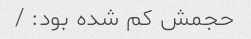
حجمش کم شده بود: /